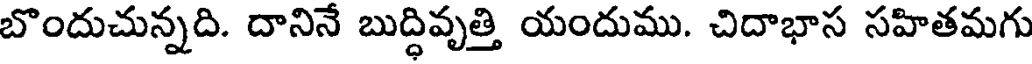
బొందుచున్నది. దానినే బుద్ధివృత్తి యందుము. చిదాభాస సహితమగు